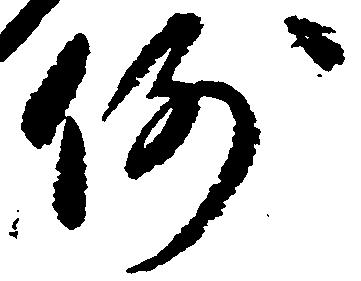
例